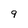
Character: 9